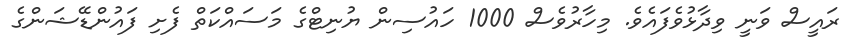
ރައީސް ވަނީ ވިދާޅުވެފައެވެ. މިހާރުވެސް 1000 ހައުސިން ޔުނިޓްގެ މަސައްކަތް ފެށި ފައުންޑޭޝަންގެ